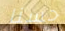
حسنا